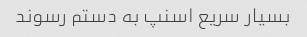
بسیار سریع اسنپ به دستم رسوند